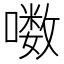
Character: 𪢒